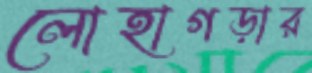
লোহাগড়ার